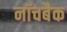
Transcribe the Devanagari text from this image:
नॉचबैक